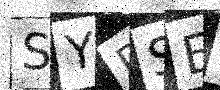
Text: SYPSE2